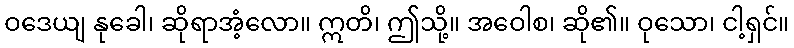
ဝဒေယျ နုခေါ၊ ဆိုရာအံ့လော။ ဣတိ၊ ဤသို့။ အဝေါစ၊ ဆို၏။ ဝုသော၊ ငါ့ရှင်။